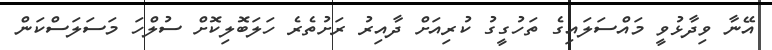
އޭނާ ވިދާޅުވީ މައްސަލައިގެ ތަހުގީގު ކުރިއަށް ދާއިރު ރަށުތެރެ ހަލަބޮލިކޮށް ސުލްހަ މަސަލަސްކަން